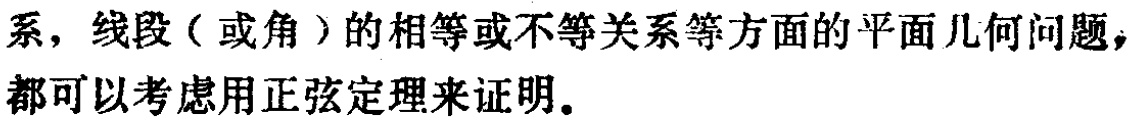
系，线段（或角）的相等或不等关系等方面的平面几何问题，都可以考虑用正弦定理来证明。